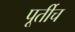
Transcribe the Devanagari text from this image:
पूर्तीच